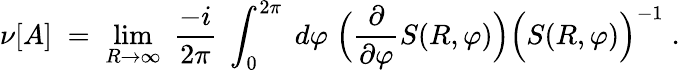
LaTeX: \nu[A]\; =\; \operatorname*{lim}_{R\rightarrow\infty}\; \frac{-i}{2\pi}\; \int_{0}^{2\pi}\; d\varphi\; \Big(\frac{\partial}{\partial\varphi}S(R,\varphi)\Big)\Big(S(R,\varphi)\Big)^{-1}\; .